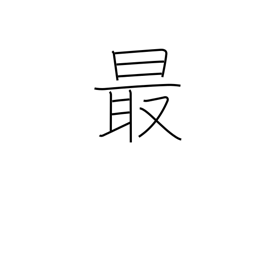
Meaning: most